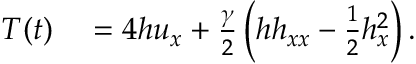
\begin{array} { r l } { T ( t ) } & { { } = 4 h u _ { x } + \frac { \gamma } { 2 } \left( h h _ { x x } - \frac { 1 } { 2 } h _ { x } ^ { 2 } \right) . } \end{array}